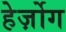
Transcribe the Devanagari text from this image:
हेर्ज़ोग